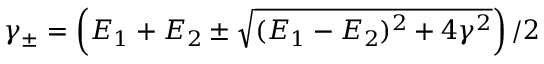
\gamma _ { \pm } = \left( E _ { 1 } + E _ { 2 } \pm \sqrt { ( E _ { 1 } - E _ { 2 } ) ^ { 2 } + 4 \gamma ^ { 2 } } \right) / 2